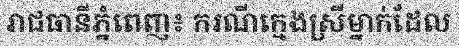
រាជធានីភ្នំពេញ៖ ករណីក្មេងស្រីម្នាក់ដែល